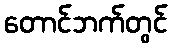
တောင်ဘက်တွင်